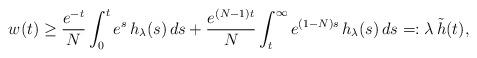
LaTeX: \begin{align*}w(t) \ge \frac{e^{-t}}{N} \int_0^t e^s \, h_\lambda(s) \, ds+ \frac{e^{(N-1)t}}{N} \int_t^\infty e^{(1-N)s} \, h_\lambda(s) \, ds=: \lambda \, \tilde{h}(t),\end{align*}